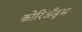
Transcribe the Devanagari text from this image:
कोरिअँड्रम